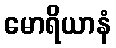
မောရိယာနံ